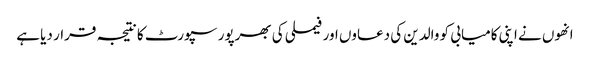
انھوں نے اپنی کامیابی کو والدین کی دعاوں اور فیملی کی بھرپور سپورٹ کا نتیجہ قرار دیا ہے